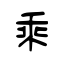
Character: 乘